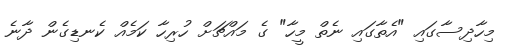
މިހާދިސާގައި "އެތާގައި ނެތް މީހާ" ގެ މައްޗަށް ހުރިހާ ކަމެއް ކެނޑިގެން ދާނެ